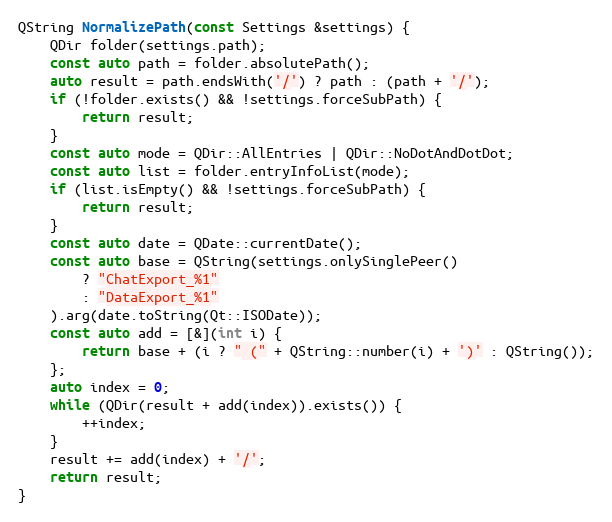
Language: C++
QString NormalizePath(const Settings &settings) {
	QDir folder(settings.path);
	const auto path = folder.absolutePath();
	auto result = path.endsWith('/') ? path : (path + '/');
	if (!folder.exists() && !settings.forceSubPath) {
		return result;
	}
	const auto mode = QDir::AllEntries | QDir::NoDotAndDotDot;
	const auto list = folder.entryInfoList(mode);
	if (list.isEmpty() && !settings.forceSubPath) {
		return result;
	}
	const auto date = QDate::currentDate();
	const auto base = QString(settings.onlySinglePeer()
		? "ChatExport_%1"
		: "DataExport_%1"
	).arg(date.toString(Qt::ISODate));
	const auto add = [&](int i) {
		return base + (i ? " (" + QString::number(i) + ')' : QString());
	};
	auto index = 0;
	while (QDir(result + add(index)).exists()) {
		++index;
	}
	result += add(index) + '/';
	return result;
}